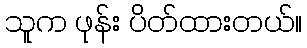
သူက ဖုန်း ပိတ်ထားတယ်။